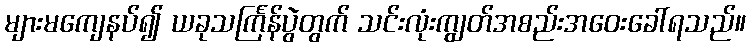
များမကျေနပ်၍ ယခုသင်္ကြန်ပွဲတွက် သင်းလုံးကျွတ်အစည်းအဝေးခေါ်ရသည်။